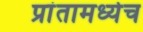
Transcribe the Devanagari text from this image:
प्रांतामध्येच